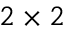
2 \times 2